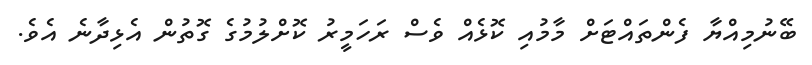
ބޭނުމިއްޔާ ފެންތައްޓަށް މާމުއި ކޮޅެއް ވެސް ރަހަމީރު ކޮށްލުމުގެ ގޮތުން އެޅިދާނެ އެވެ.